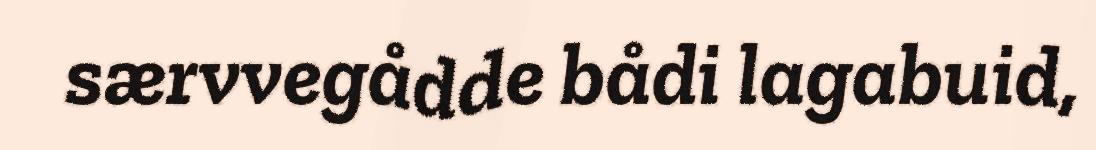
særvvegådde bådi lagabuid,